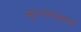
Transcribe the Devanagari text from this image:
सुपरजायंट्सचे